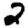
Digit: 2